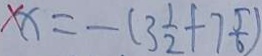
x x = - ( 3 \frac { 1 } { 2 } + 7 \frac { 5 } { 6 } )